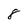
Character: 8